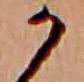
か